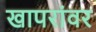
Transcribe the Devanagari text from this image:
खापरांवर